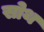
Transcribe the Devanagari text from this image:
सोथ